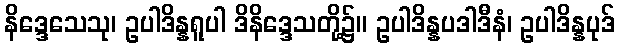
နိဒ္ဒေသေသု၊ ဥပါဒိန္နရူပါ ဒိနိဒ္ဒေသတို့၌။ ဥပါဒိန္နပဒါဒီနံ၊ ဥပါဒိန္နပုဒ်